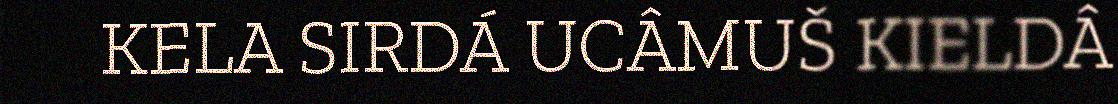
KELA SIRDÁ UCÂMUŠ KIELDÂ